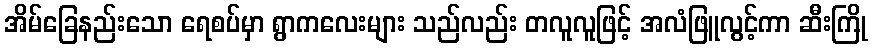
အိမ်ခြေနည်းသော ရေစပ်မှာ ရွာကလေးများ သည်လည်း တလူလူဖြင့် အလံဖြူလွင့်ကာ ဆီးကြို